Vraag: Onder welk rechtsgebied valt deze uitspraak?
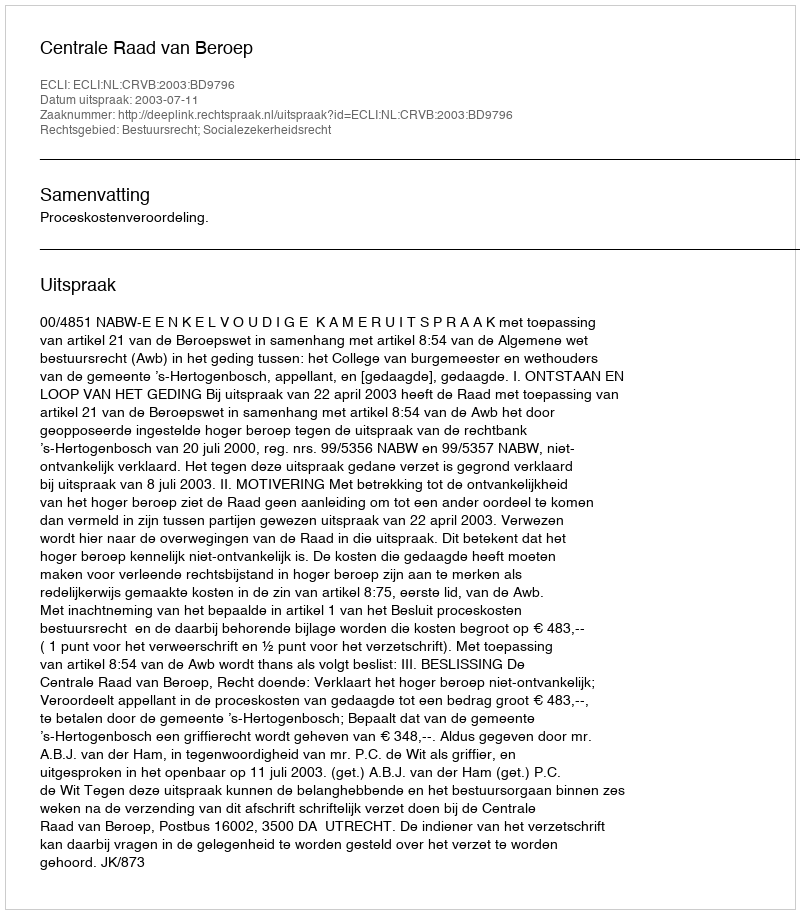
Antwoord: Bestuursrecht; Socialezekerheidsrecht